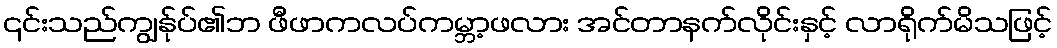
၎င်းသည်ကျွန်ုပ်၏ဘ ဖီဖာကလပ်ကမ္ဘာ့ဖလား အင်တာနက်လိုင်းနှင့် လာရိုက်မိသဖြင့်